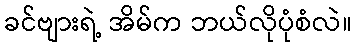
ခင်ဗျားရဲ့ အိမ်က ဘယ်လိုပုံစံလဲ။